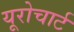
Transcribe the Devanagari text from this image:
यूरोचार्ट